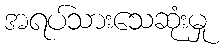
အရပ်သားသေဆုံးမှု